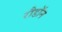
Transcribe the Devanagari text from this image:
रौडॉन